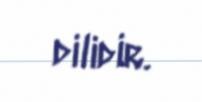
dilidir.